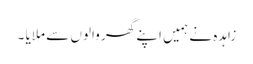
زاہدہ نے ہمیں اپنے گھر والوں سے ملایا ۔